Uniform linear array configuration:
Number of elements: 12
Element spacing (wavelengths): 1
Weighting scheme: exponential
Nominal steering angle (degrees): -45
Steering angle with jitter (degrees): -45.929
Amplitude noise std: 0.05
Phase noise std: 0.05

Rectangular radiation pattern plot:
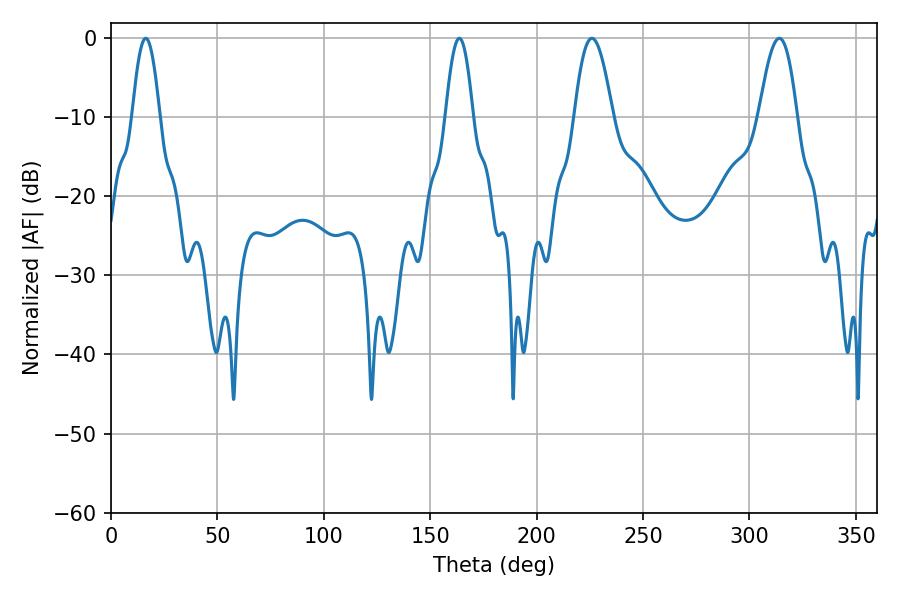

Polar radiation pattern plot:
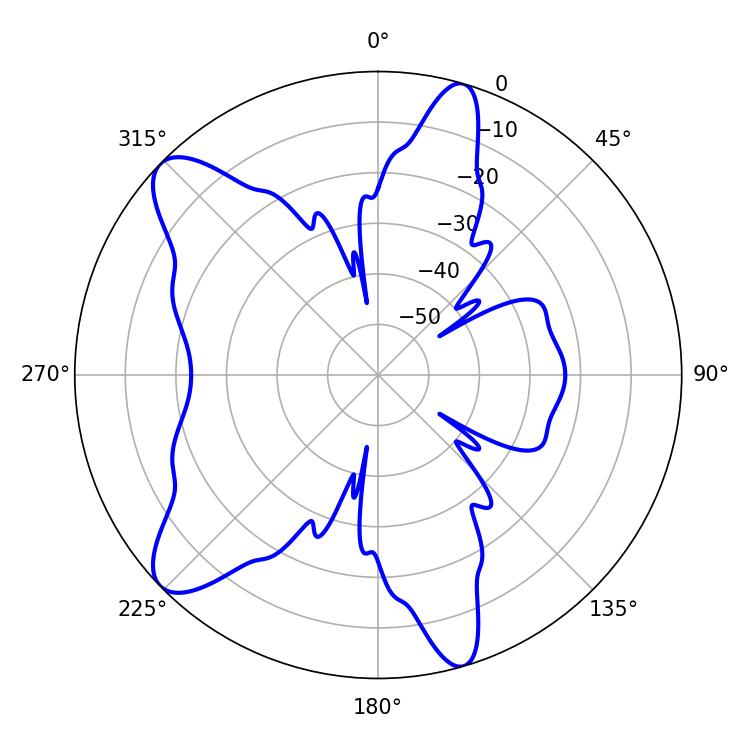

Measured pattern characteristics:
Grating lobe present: TRUE
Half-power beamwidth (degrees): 9.72
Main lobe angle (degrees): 225.9